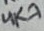
Text: 4K7